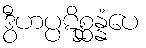
ဒွီဟပ္ပဋိစ္ဆန္နံပေ